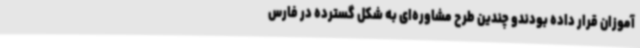
آموزان قرار داده بودندو چندین طرح مشاوره‌ای به شکل گسترده در فارس